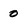
Character: 0